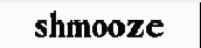
shmooze